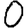
Digit: 0